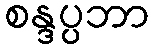
စန္ဒပ္ပဘာ